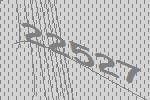
22527